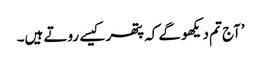
’آج تم دیکھو گے کہ پتھر کیسے روتے ہیں۔